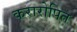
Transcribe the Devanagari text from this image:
करारोपित